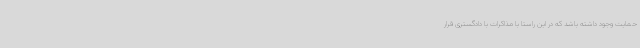
حمایت وجود داشته باشد که در این راستا با مذاکرات با دادگستری قرار